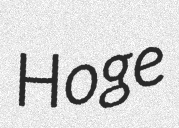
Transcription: Hoge